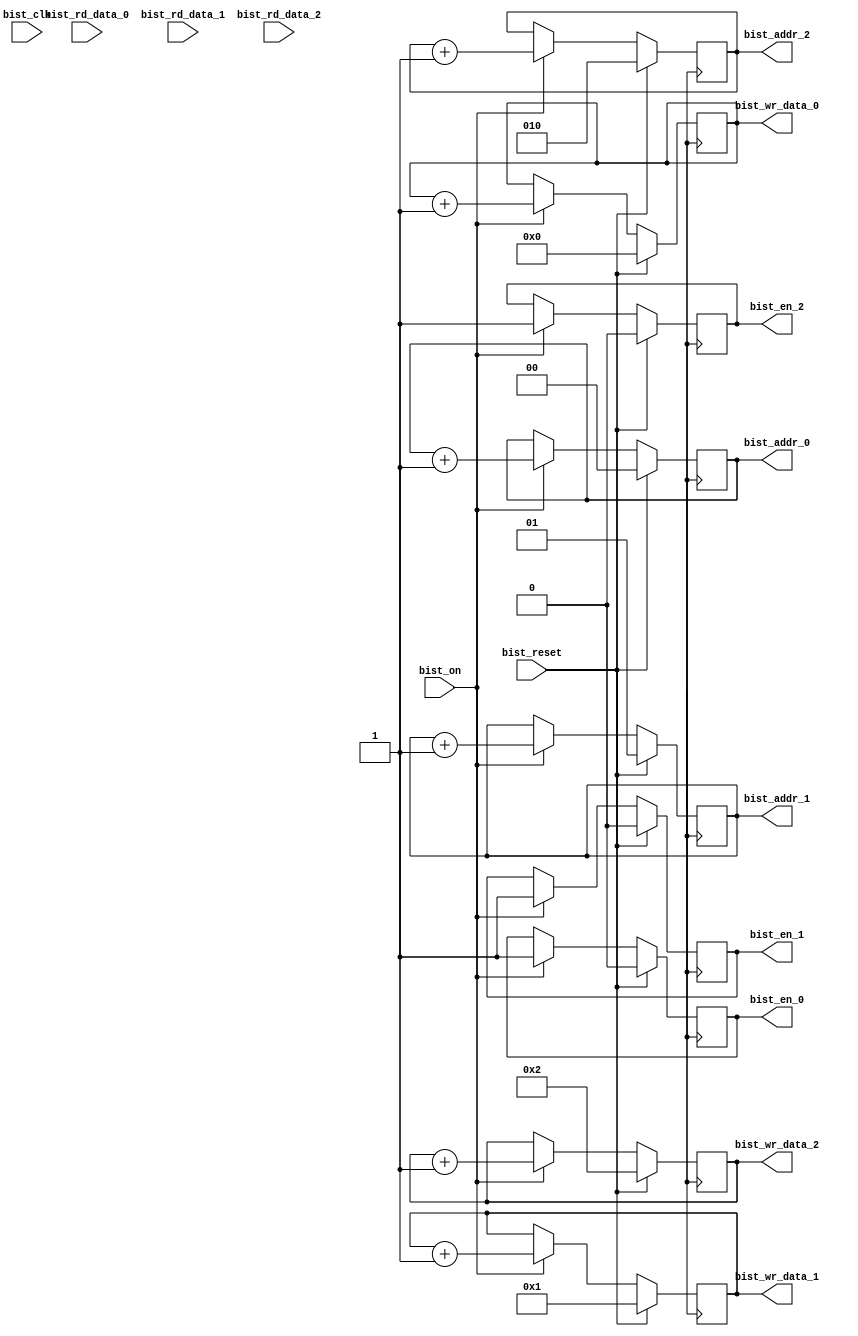
module mem_16nm_bist_ctrl
(
  input  wire        bist_clk,
  input  wire        bist_reset,
  input  wire        bist_on,

  output reg         bist_en_0,
  output reg  [1:0]  bist_addr_0,
  output reg  [63:0] bist_wr_data_0,
  input  wire [63:0] bist_rd_data_0,

  output reg         bist_en_1,
  output reg  [1:0]  bist_addr_1,
  output reg  [63:0] bist_wr_data_1,
  input  wire [63:0] bist_rd_data_1,

  output reg         bist_en_2,
  output reg  [2:0]  bist_addr_2,
  output reg  [63:0] bist_wr_data_2,
  input  wire [63:0] bist_rd_data_2
);

always @ (posedge clk ) begin
  if( bist_reset ) begin
    bist_en_0 <= #0 1'b0;
    bist_en_1 <= #0 1'b0;
    bist_en_2 <= #0 1'b0;
    bist_addr_0 <= #0 4'd0;
    bist_addr_1 <= #0 4'd1;
    bist_addr_2 <= #0 4'd2;
    bist_wr_data_0 <= #0 64'd0;
    bist_wr_data_1 <= #0 64'd1;
    bist_wr_data_2 <= #0 64'd2;
  end
  else begin
    if( bist_on ) begin
      bist_en_0 <= #0 1'b1;
      bist_en_1 <= #0 1'b1;
      bist_en_2 <= #0 1'b1;
      bist_addr_0 <= #0 bist_addr_0 + 1;
      bist_addr_1 <= #0 bist_addr_1 + 1;
      bist_addr_2 <= #0 bist_addr_2 + 1;
      bist_wr_data_0 <= #0 bist_wr_data_0 + 1;
      bist_wr_data_1 <= #0 bist_wr_data_1 + 1;
      bist_wr_data_2 <= #0 bist_wr_data_2 + 1;
    end
  end
end

endmodule